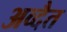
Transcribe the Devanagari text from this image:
अव्दैत